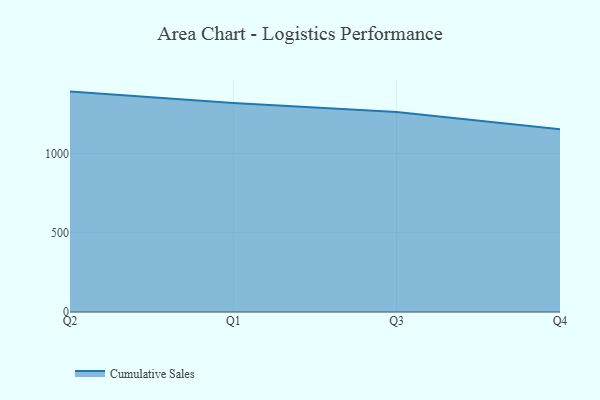
{"axis": {"x": "Quarter", "y": "LTV (USD)"}, "legend": ["Cumulative Sales"], "data": [{"x": "Q2", "y": 1389.5, "type": "Cumulative Sales"}, {"x": "Q1", "y": 1317.9, "type": "Cumulative Sales"}, {"x": "Q3", "y": 1261.2, "type": "Cumulative Sales"}, {"x": "Q4", "y": 1152.7, "type": "Cumulative Sales"}]}